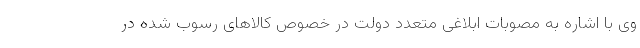
وی با اشاره به مصوبات ابلاغی متعدد دولت در خصوص کالاهای رسوب شده در